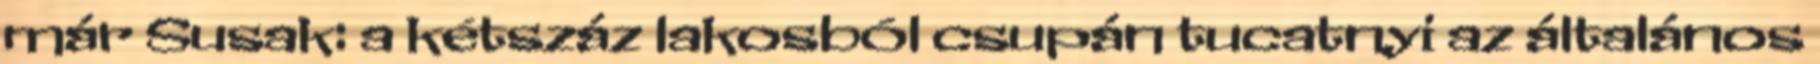
már Susak: a kétszáz lakosból csupán tucatnyi az általános